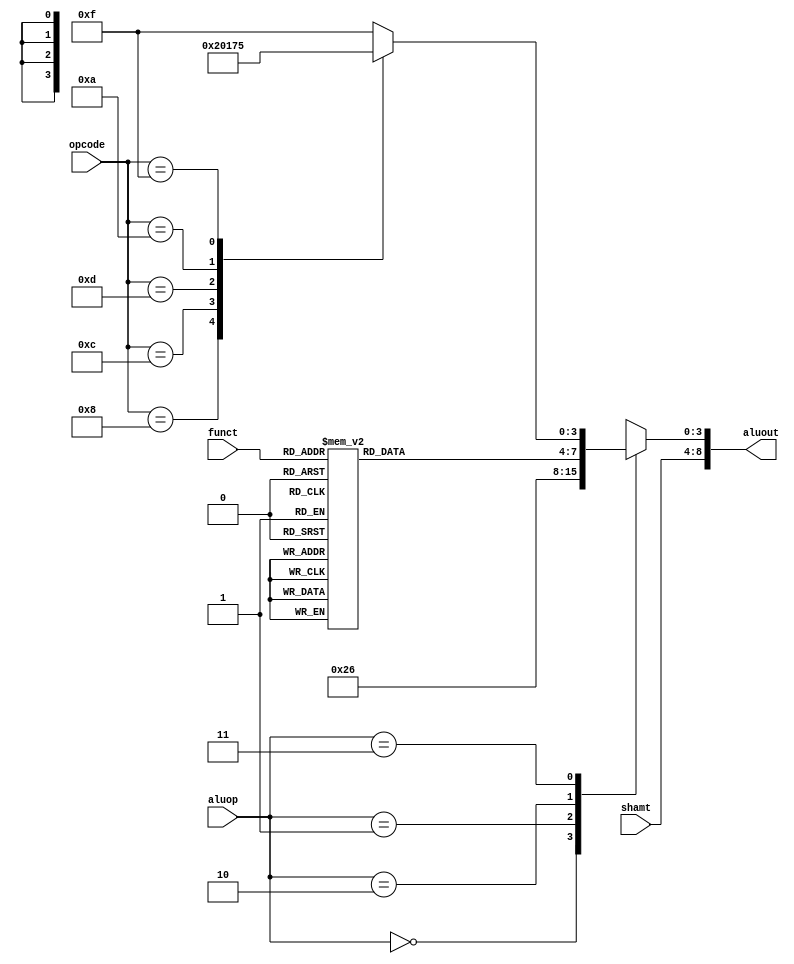
module alucontrol(funct,opcode,aluop, shamt, aluout);
    input		[5:0]	funct,opcode;
    input		[1:0]	aluop;
    output	[8:0]	aluout;
    reg		[3:0]	alu;
    input		[4:0]	shamt;	

assign  aluout = {shamt, alu};

always @(funct or aluop or opcode)
	begin
	case (aluop)
		2'b00:	alu = 4'b0010;	    //lw / sw - add
		2'b01:	alu = 4'b0110;	    //beq / bne - subtract
		2'b10: begin
  			case (funct)
				0:	alu = 4'b0011;		//shift left
				2:	alu = 4'b0100;		//shift right
				32:	alu = 4'b0010;		//add 
				34:	alu = 4'b0110;		//sub
				33:	alu = 4'b0010;		//addu
				35:	alu = 4'b0110;		//subu
				24: 	alu = 4'b1000;		//mult
				26:	alu = 4'b1001;		//div
				16:	alu = 4'b0010;		//mfhi - add 
				18: 	alu = 4'b0010;		//mflo - add
				36: 	alu = 4'b0000;		//and	
				37:	alu = 4'b0001;		//or
				42:	alu = 4'b0111;		//slt
 				default: alu = 4'b1111; 
			endcase
		end
		2'b11: begin				//accept I-type
				case (opcode)
				8:	alu = 4'b0010;		//addi
				12:	alu = 4'b0000;		//andi
				13:	alu = 4'b0001;		//ori
				10:	alu = 4'b0111;		//slti
				15:	alu = 4'b0101;		//lui
				default: alu = 4'b1111;
				endcase
			end
		endcase
	end
endmodule